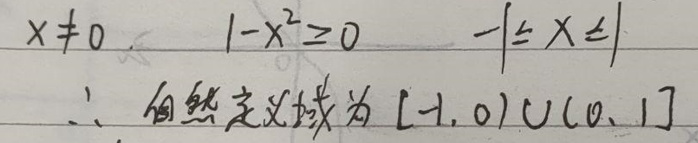
\(x\neq0,\quad 1 - x^{2}\geq0,\quad - 1\leq x\leq1\)
\(\therefore \)自然定义域为\( [-1,0)\cup(0,1]\)